Report of the Indian Hemp Drugs Commission, 1894-1895 - Volume VII
Year: 1894
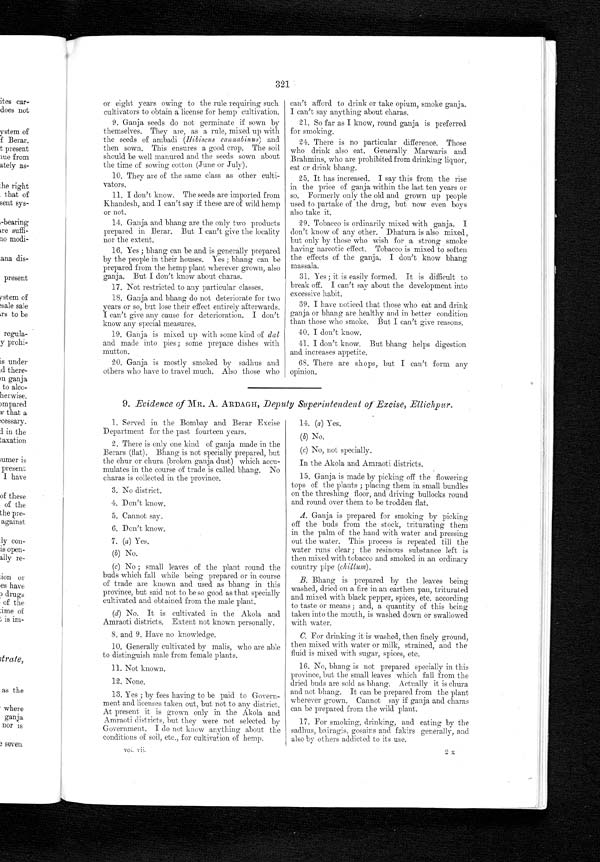
321
or eight years owing to the rule requiring such
cultivators to obtain a license for hemp cultivation.
9. Ganja seeds do not germinate if sown by
themselves. They are, as a rule, mixed up with
the seeds of ambadi (Hibiscus cannabinus) and
then sown. This ensures a good crop. The soil
should be well manured and the seeds sown about
the time of sowing cotton (June or July).
10.They are of the same class as other culti--
vators.
11.I don't know. The seeds are imported from
Khandesh, and I can't say if these are of wild hemp
or not.
14. Ganja and bhang are the only two products
prepared in Berar. But I can't give the locality
nor the extent.
16.Yes ; bhang can be and is generally prepared
by the people in their houses. Yes ; bhang can be
prepared from the hemp plant wherever grown, also
ganja. But I don't know about charas.
17.Not restricted to any particular classes.
18.Ganja and bhang do not deteriorate for two
years or so, but lose their effect entirely afterwards.
I can't give any cause for deterioration. I don't
Know any special measures.
19. Ganja is mixed up with some kind of dal
and made into pies ; some prepare dishes with
mutton.
19.Ganja is mostly smoked by sadhus and
others who have to travel much. Also those who
can't afford to drink or take opium, smoke ganja.
I can't say anything about charas.
20.So far as I know, round ganja is preferred
for smoking.
24.There is no particular difference. Those
who dri nk al so eat. General l y Brahmi ns, who are prohi bi ted from dri nki ng l i quor,
eat or drink bhang.
25.It has increased. I say this from the rise
in the price of ganja within the last ten years or
so. Formerly only the old and grown up people
used to partake of the drug, but now even boys
also take it.
29. Tobacco is ordinarily mixed with ganja.
don't know of any other. Dhatura is also mixed,
but only by those who wish for a strong smoke
having narcotic effect. Tobacco is mixed to soften
the effects of the ganja. I don't know bhang
massala.
31. Yes ; it is easily formed. It is difficult to
break off. I can't say about the development into
excessive habit.
39.I have noticed that those who eat and drink
ganja or bhang are healthy and in better condition
than those who smoke. But I can't give reasons.
40.I don't know.
41.I don't know. But bhang helps digestion
and increases appetite.
68. There are shops, but I can't form any
opinion.
9. Evidence of MR. A. ARDAGH, Deputy Superintendent of Excise, Ellichpur.
1. Served in the Bombay and Berar Excise
Department for the past fourteen years.
2.There is only one kind of ganja made in the
Berars (flat). Bhang is not specially prepared, but
the chur or chura (broken ganja dust) which accu-
mulates in the course of trade is called bhang. No
charas is collected in the province.
3.No district.
4.Don't know.
5.Cannot say.
6.Don't know.
7. (a) Yes.
(b)No.
( c )
N o ; s m a l l l e a v e s o f t h e p l a n t r o u n d t h e
buds which fall while being prepared or in course
of trade are known and used as bhang in this
province, but said not to be so good as that specially
cultivated and obtained from the male plant.
(d)N o . I t i s c u l t i v a t e d i n t h e A k o l a a n d
Amraoti districts. Extent not known personally.
8. and 9. Have no knowledge.
10. Generally cultivated by malis, who are able
to distinguish male from female plants.
11.Not known.
12.None.
13.Yes ; by fees having to be paid to Govern-
ment and licenses taken out, but not to any district.
At present it is grown only in the Akola and
Amraoti districts, but they were not selected by
Government. I do not know anything about the
conditions of soil, etc., for cultivation of hemp.
vol. Vii.
14. (a) Yes.
(b)No.
(c)No, not specially.
In the Akola and Amraoti districts.
15. Ganja is made by picking off the flowering
tops of the plants ; placing them in small bundles
on the threshing floor, and driving bullocks round
and round over them to be trodden flat.
A. Ganja is prepared for smoking by picking-
off the buds from the stock, triturating them
in the palm of the hand with water and pressing
out the water. This process is repeated till the
water runs clear ; the resinous substance left is
then mixed with tobacco and smoked in an ordinary
country pipe (chillum).
B. Bhang is prepared by the leaves being
washed, dried on a fire in an earthen pan, triturated
and mixed with black pepper, spices, etc. according
to taste or means ; and, a quantity of this being
taken into the month, is washed (IMAM or swallowed
with water.
C.For drinking it is washed, then finely ground,
then mixed with water or milk, strained, and the
fluid is mixed with sugar, spices, etc.
16. No, bhang is not prepared specially in this
province, but the small leaves which fall from the
dried buds are sold as bhang. Actually it is chura
and not bhang. It can be prepared from the plant
wherever grown. Cannot say if ganja and charas
can be prepared from the wild plant.
17. For smoking, drinking, and eating by the
sadhus, bairagis, gosains and fakirs generally, and
also by others addicted to its use.
2